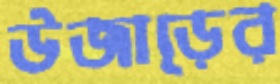
উজাড়ের